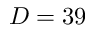
D = 3 9